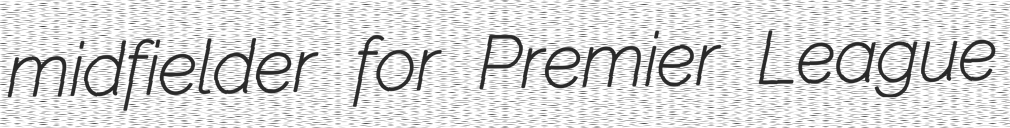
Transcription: midfielder for Premier League